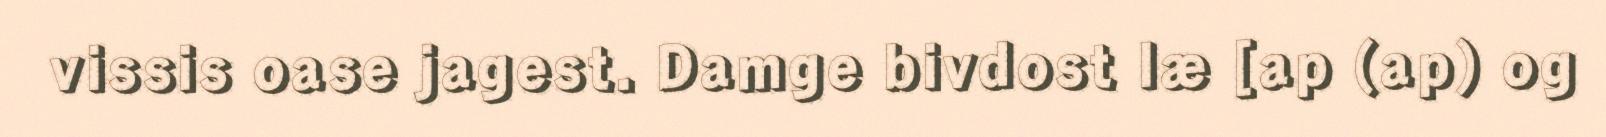
vissis oase jagest. Damge bivdost læ [ap (ap) og